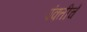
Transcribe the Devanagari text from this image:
पंक्तीचें